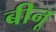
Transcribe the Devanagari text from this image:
बीनू